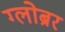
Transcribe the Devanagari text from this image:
ग्लोब्रर